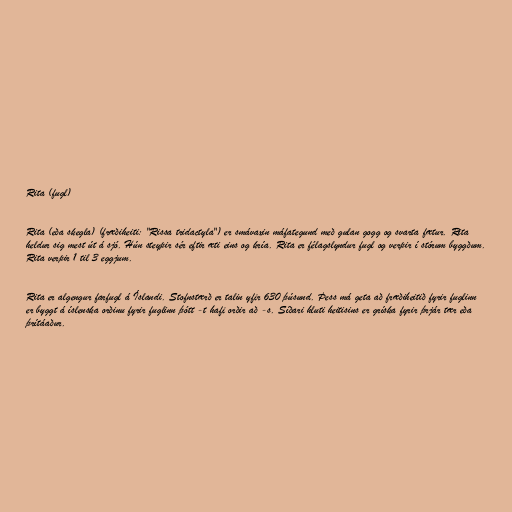
Rita (fugl)

Rita (eða skegla) (fræðiheiti: "Rissa tridactyla") er smávaxin máfategund með gulan gogg og svarta fætur. Rita
heldur sig mest út á sjó. Hún steypir sér eftir æti eins og kría. Rita er félagslyndur fugl og verpir í stórum byggðum.
Rita verpir 1 til 3 eggjum.

Rita er algengur farfugl á Íslandi. Stofnstærð er talin yfir 630 þúsund. Þess má geta að fræðiheitið fyrir fuglinn
er byggt á íslenska orðinu fyrir fuglinn þótt -t hafi orðir að -s. Síðari hluti heitisins er gríska fyrir þrjár tær eða
þrítáaður.